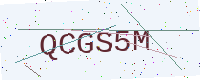
Text: QCGS5M